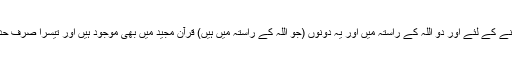
ایک جان بچانے کے لئے اور دو اللہ کے راستہ میں اور یہ دونوں (جو اللہ کے راستہ میں ہیں) قرآن مجید میں بھی موجود ہیں اور تیسرا صرف حدیث میں ہے۔